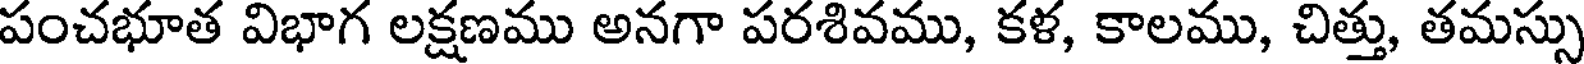
పంచభూత విభాగ లక్షణము అనగా పరశివము, కళ, కాలము, చిత్తు, తమస్సు